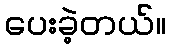
ပေးခဲ့တယ်။